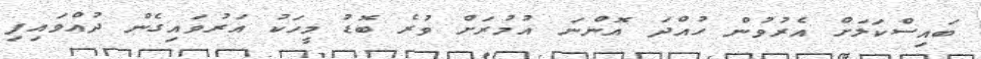
ބައިސްކަލަށް އެރުވުން ހުއްދަ އޮންނަ އުމުރަށް ވުރެ ބޮޑު މީހަކު އަރުވައިގެން ދުއްވައިފި